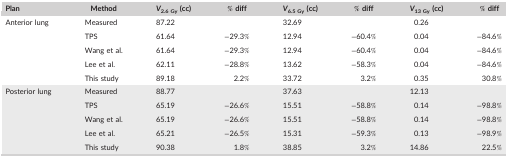
<table><thead><tr><td><b>Plan</b></td><td><b>Method</b></td><td><b><i>V</i><sub>2.6 Gy</sub> (cc)</b></td><td><b>% diff</b></td><td><b><i>V</i><sub>6.5 Gy</sub> (cc)</b></td><td><b>% diff</b></td><td><b><i>V</i><sub>13 Gy</sub> (cc)</b></td><td><b>% diff</b></td></tr></thead><tbody><tr><td rowspan="5">Anterior lung</td><td>Measured</td><td>87.22</td><td></td><td>32.69</td><td></td><td>0.26</td><td></td></tr><tr><td>TPS</td><td>61.64</td><td>−29.3%</td><td>12.94</td><td>−60.4%</td><td>0.04</td><td>−84.6%</td></tr><tr><td>Wang et al.</td><td>61.64</td><td>−29.3%</td><td>12.94</td><td>−60.4%</td><td>0.04</td><td>−84.6%</td></tr><tr><td>Lee et al.</td><td>62.11</td><td>−28.8%</td><td>13.62</td><td>−58.3%</td><td>0.04</td><td>−84.6%</td></tr><tr><td>This study</td><td>89.18</td><td>2.2%</td><td>33.72</td><td>3.2%</td><td>0.35</td><td>30.8%</td></tr><tr><td rowspan="5">Posterior lung</td><td>Measured</td><td>88.77</td><td></td><td>37.63</td><td></td><td>12.13</td><td></td></tr><tr><td>TPS</td><td>65.19</td><td>−26.6%</td><td>15.51</td><td>−58.8%</td><td>0.14</td><td>−98.8%</td></tr><tr><td>Wang et al.</td><td>65.19</td><td>−26.6%</td><td>15.51</td><td>−58.8%</td><td>0.14</td><td>−98.8%</td></tr><tr><td>Lee et al.</td><td>65.21</td><td>−26.5%</td><td>15.31</td><td>−59.3%</td><td>0.13</td><td>−98.9%</td></tr><tr><td>This study</td><td>90.38</td><td>1.8%</td><td>38.85</td><td>3.2%</td><td>14.86</td><td>22.5%</td></tr></tbody></table>